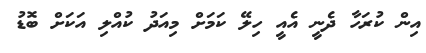
އިން ކުރަހާ ދެނީ އެއީ ހިލޭ ކަމަށް މިއަދު ކުއްލި އަކަށް ބޮޑު